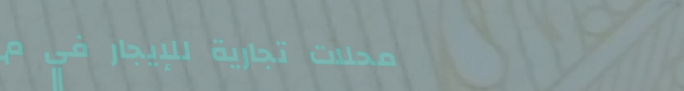
محلات تجارية للإيجار في م